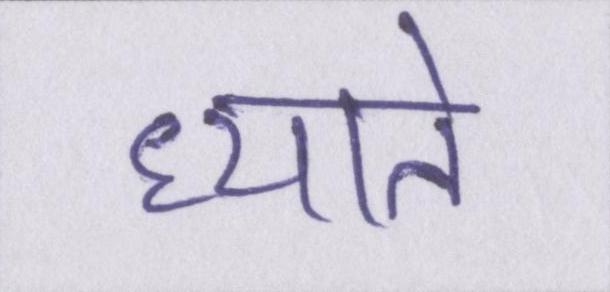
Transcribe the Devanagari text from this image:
ध्याते